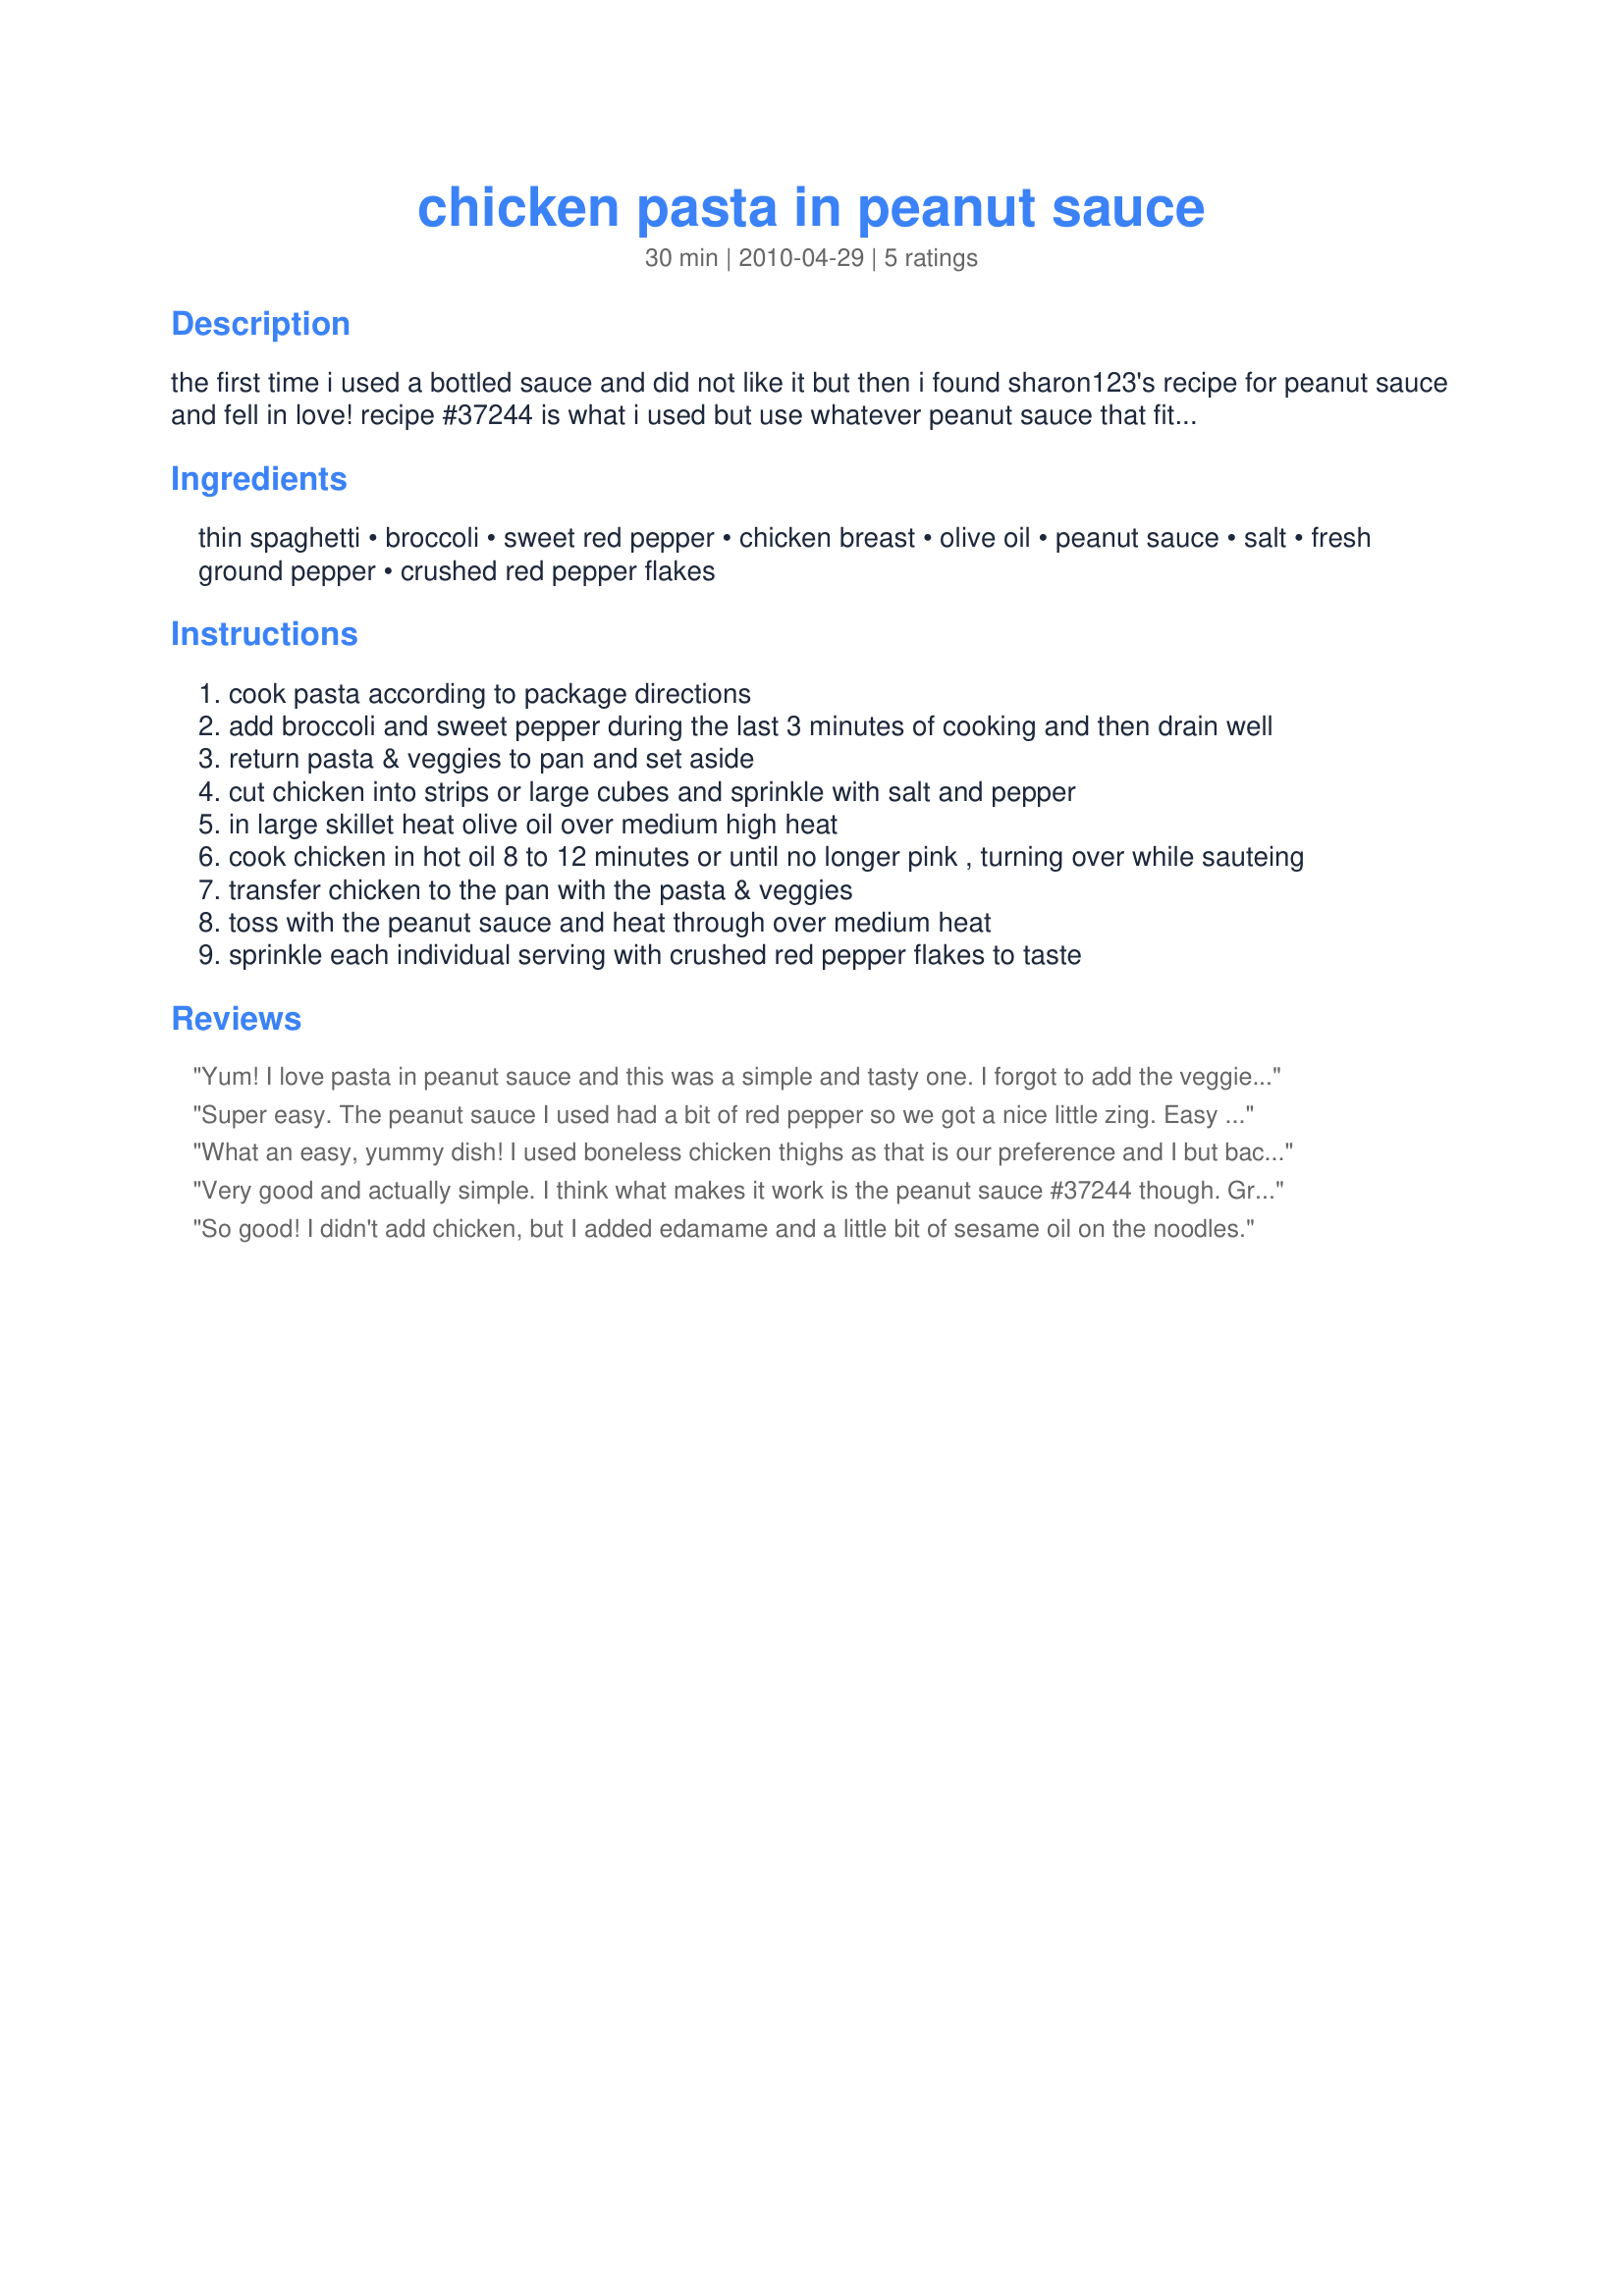
chicken pasta in peanut sauce
Preparation time: 30 minutes

the first time i used a bottled sauce and did not like it but then i found sharon123's recipe for peanut sauce and fell in love! recipe #37244 is what i used but use whatever peanut sauce that fits your taste buds. i do know that a good quality peanut sauce can make or break this recipe. nice simple meal to put on the table even during a busy week.

Ingredients:
thin spaghetti, broccoli, sweet red pepper, chicken breast, olive oil, peanut sauce, salt, fresh ground pepper, crushed red pepper flakes

Steps:
cook pasta according to package directions
add broccoli and sweet pepper during the last 3 minutes of cooking and then drain well
return pasta & veggies to pan and set aside
cut chicken into strips or large cubes and sprinkle with salt and pepper
in large skillet heat olive oil over medium high heat
cook chicken in hot oil 8 to 12 minutes or until no longer pink , turning over while sauteing
transfer chicken to the pan with the pasta & veggies
toss with the peanut sauce and heat through over medium heat
sprinkle each individual serving with crushed red pepper flakes to taste

Reviews:
Yum! I love pasta in peanut sauce and this was a simple and tasty one. I forgot to add the veggies to the pasta water, so did a quick stir-fry of them before adding to the dish. It came together quickly and I really enjoyed the contrast of the crunchy veggies and the red pepper flakes for a little heat. Thanks Hokies for a reat meal. Made for Potluck Tag.
Super easy. The peanut sauce I used had a bit of red pepper so we got a nice little zing. Easy to sub out other ingredients; I used broccoli and a thinly sliced carrot instead of the sliced bell pepper. will make again.
What an easy, yummy dish! I used boneless chicken thighs as that is our preference and I but back the pasta to 6 oz (DH needs to watch his carbs......won't do it on his own so I have to help.......most times he doesn't have a clue) and used #37244 for peanut sauce. This would be even quicker using precooked sliced chicken and for those nights when I'm really busy, I just might do that. Thanks for posting this Hokies! Made for Potluck Tag.
Very good and actually simple. I think what makes it work is the peanut sauce #37244 though. Great meal and definitely a change from the norm in this house!
So good! I didn't add chicken, but I added edamame and a little bit of sesame oil on the noodles.
